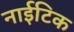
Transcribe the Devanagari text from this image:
नाईटिक